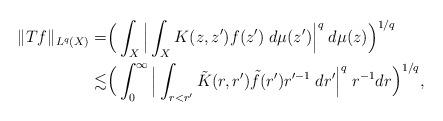
LaTeX: \begin{align*}\|Tf\|_{L^q(X)}=&\Big(\int_X\Big|\int_X K(z,z')f(z')\;d\mu(z')\Big|^q\;d\mu(z)\Big)^{1/q}\\\lesssim&\Big(\int_0^\infty\Big|\int_{r<r'}\tilde{K}(r,r')\tilde{f}(r') r'^{-1}\;dr'\Big|^q\; r^{-1}dr\Big)^{1/q},\end{align*}